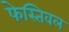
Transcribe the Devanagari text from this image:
फेस्तिवल